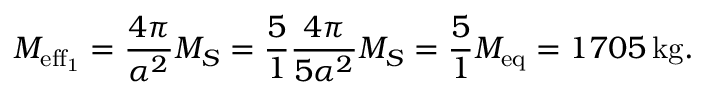
M _ { \mathrm { e f f _ { 1 } } } = \frac { 4 \pi } { \alpha ^ { 2 } } M _ { S } = \frac { 5 } { 1 } \frac { 4 \pi } { 5 \alpha ^ { 2 } } M _ { S } = \frac { 5 } { 1 } M _ { \mathrm { e q } } = 1 7 0 5 \, \mathrm { k g . }